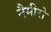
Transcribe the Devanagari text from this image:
नैमीरो